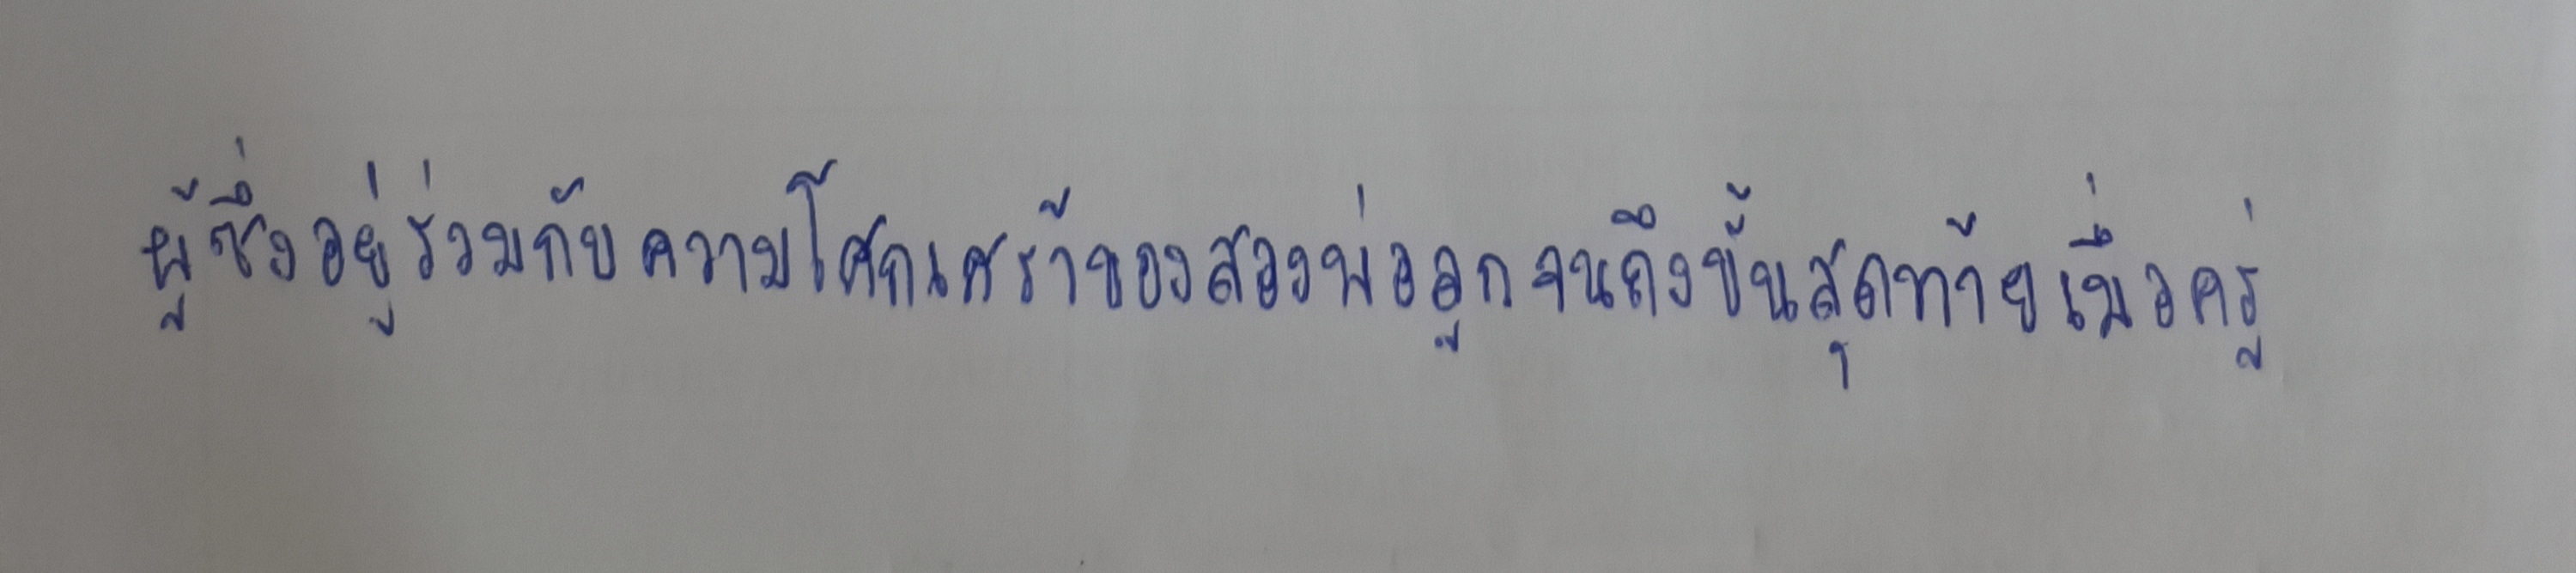
ผู้ซึ่งอยู่ร่วมกับความโศกเศร้าของสองพ่อลูกจนถึงขั้นตอนสุดท้ายเมื่อครู่